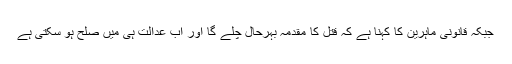
جبکہ قانونی ماہرین کا کہنا ہے کہ قتل کا مقدمہ بہرحال چلے گا اور اب عدالت ہی میں صلح ہو سکتی ہے